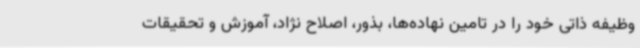
وظیفه ذاتی خود را در تامین نهاده‌ها، بذور، اصلاح نژاد، آموزش و تحقیقات